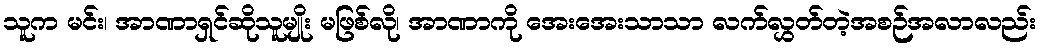
သူက မင်း၊ အာဏာရှင်ဆိုသူမျိုး မဖြစ်လို၊ အာဏာကို အေးအေးသာသာ လက်လွှတ်တဲ့အစဉ်အလာလည်း